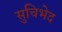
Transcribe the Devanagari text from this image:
सुचिभेद